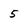
Character: 5